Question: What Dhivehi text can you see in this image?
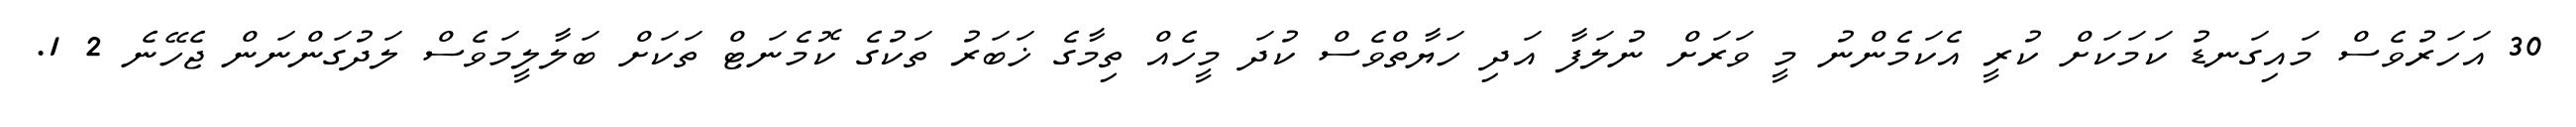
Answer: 30 އަހަރުވެސް މައިގަނޑު ކަމަކަށް ކުރީ އެކަމެންނު މީ ވަރަށް ނުލަފާ އަދި ހަޔާތްވެސް ކުދަ މީހެއް ތިމާގެ ޚަބަރު ތަކުގެ ކޮމެނަޓް ތަކަށް ބަލާލީމަވެސް ލަދުގަންނަން ޖެހޭނެ 2 1.